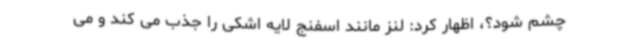
چشم شود؟، اظهار کرد: لنز مانند اسفنج لایه اشکی را جذب می کند و می